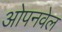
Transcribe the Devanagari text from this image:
ओपनवेल